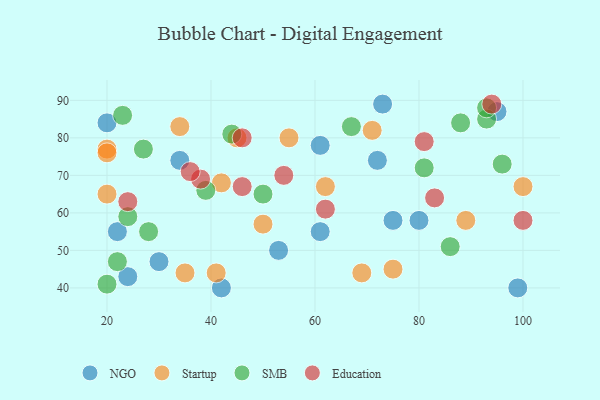
{"axis": {"x": "GDP", "y": "Life Expectancy"}, "legend": ["Education", "NGO", "SMB", "Startup"], "data": [{"x": "34", "y": 74, "type": "NGO"}, {"x": "75", "y": 58, "type": "NGO"}, {"x": "72", "y": 74, "type": "NGO"}, {"x": "99", "y": 40, "type": "NGO"}, {"x": "61", "y": 78, "type": "NGO"}, {"x": "53", "y": 50, "type": "NGO"}, {"x": "73", "y": 89, "type": "NGO"}, {"x": "24", "y": 43, "type": "NGO"}, {"x": "95", "y": 87, "type": "NGO"}, {"x": "22", "y": 55, "type": "NGO"}, {"x": "42", "y": 40, "type": "NGO"}, {"x": "61", "y": 55, "type": "NGO"}, {"x": "20", "y": 84, "type": "NGO"}, {"x": "80", "y": 58, "type": "NGO"}, {"x": "30", "y": 47, "type": "NGO"}, {"x": "45", "y": 80, "type": "Startup"}, {"x": "100", "y": 67, "type": "Startup"}, {"x": "34", "y": 83, "type": "Startup"}, {"x": "75", "y": 45, "type": "Startup"}, {"x": "20", "y": 77, "type": "Startup"}, {"x": "20", "y": 76, "type": "Startup"}, {"x": "41", "y": 44, "type": "Startup"}, {"x": "69", "y": 44, "type": "Startup"}, {"x": "42", "y": 68, "type": "Startup"}, {"x": "71", "y": 82, "type": "Startup"}, {"x": "55", "y": 80, "type": "Startup"}, {"x": "89", "y": 58, "type": "Startup"}, {"x": "35", "y": 44, "type": "Startup"}, {"x": "62", "y": 67, "type": "Startup"}, {"x": "50", "y": 57, "type": "Startup"}, {"x": "20", "y": 65, "type": "Startup"}, {"x": "20", "y": 41, "type": "SMB"}, {"x": "50", "y": 65, "type": "SMB"}, {"x": "86", "y": 51, "type": "SMB"}, {"x": "67", "y": 83, "type": "SMB"}, {"x": "44", "y": 81, "type": "SMB"}, {"x": "39", "y": 66, "type": "SMB"}, {"x": "22", "y": 47, "type": "SMB"}, {"x": "23", "y": 86, "type": "SMB"}, {"x": "27", "y": 77, "type": "SMB"}, {"x": "24", "y": 59, "type": "SMB"}, {"x": "81", "y": 72, "type": "SMB"}, {"x": "88", "y": 84, "type": "SMB"}, {"x": "93", "y": 85, "type": "SMB"}, {"x": "96", "y": 73, "type": "SMB"}, {"x": "93", "y": 88, "type": "SMB"}, {"x": "28", "y": 55, "type": "SMB"}, {"x": "81", "y": 79, "type": "Education"}, {"x": "46", "y": 67, "type": "Education"}, {"x": "38", "y": 69, "type": "Education"}, {"x": "46", "y": 80, "type": "Education"}, {"x": "54", "y": 70, "type": "Education"}, {"x": "36", "y": 71, "type": "Education"}, {"x": "62", "y": 61, "type": "Education"}, {"x": "100", "y": 58, "type": "Education"}, {"x": "24", "y": 63, "type": "Education"}, {"x": "83", "y": 64, "type": "Education"}, {"x": "94", "y": 89, "type": "Education"}]}